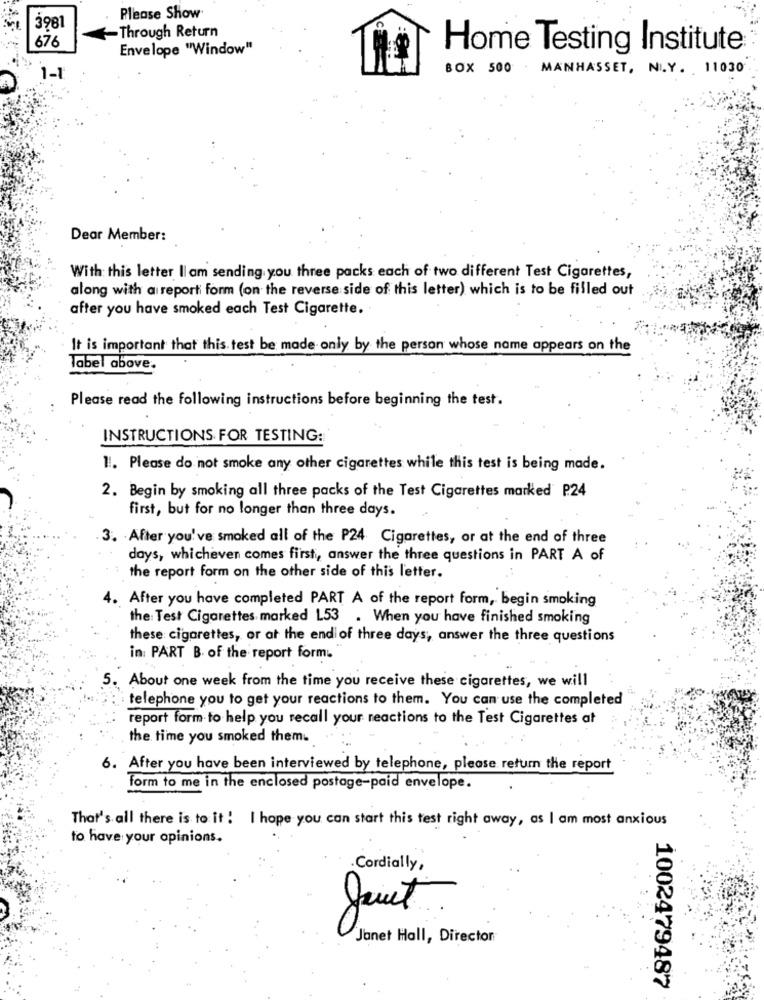
Please Show
3981
676
-Through Return
Envelope "Window"
Home Testing Institute
BOX 500 MANHASSET, NL.Y. 11030
1-1
Dear Member:
With this letter llam sending you three packs each of two different Test Cigarettes,
along with a report form (on the reverse side of this letter) which is to be filled out
after you have smoked each Test Cigarette.
It is important that this test be made only by the person whose name appears on the
Tabel above.
Please read the following instructions before beginning the test.
INSTRUCTIONS FOR TESTING:
1. Please do not smoke any other cigarettes while this test is being made.
2. Begin by smoking all three packs of the Test Cigarettes marked P24
first, but for no longer than three days.
3. After you've smoked all of the P24 Cigarettes, or at the end of three
days, whicheven comes first, answer the three questions in PART A of
the report form on the other side of this letter.
4. After you have completed PART A of the report form, begin smoking
the: Test Cigarettes marked L53 . When you have finished smoking
these cigarettes, or at the end of three days, answer the three questions
in: PART B. of the report form.
. About one week from the time you receive these cigarettes, we will
telephone you to get your reactions to them. You can use the completed
report form to help you recall your reactions to the Test Cigarettes at
the time you smoked them.
6. After you have been interviewed by telephone, please return the report
form to me in the enclosed postage-paid envelope.
That's all there is to it ! I hope you can start this test right away, as I am most anxious
to have your opinions.
Cordially,
Janet Hall, Director
1002479487